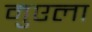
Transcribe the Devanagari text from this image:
मुएला